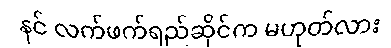
နင် လက်ဖက်ရည်ဆိုင်က မဟုတ်လား